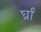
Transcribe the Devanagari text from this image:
र्घ्रां